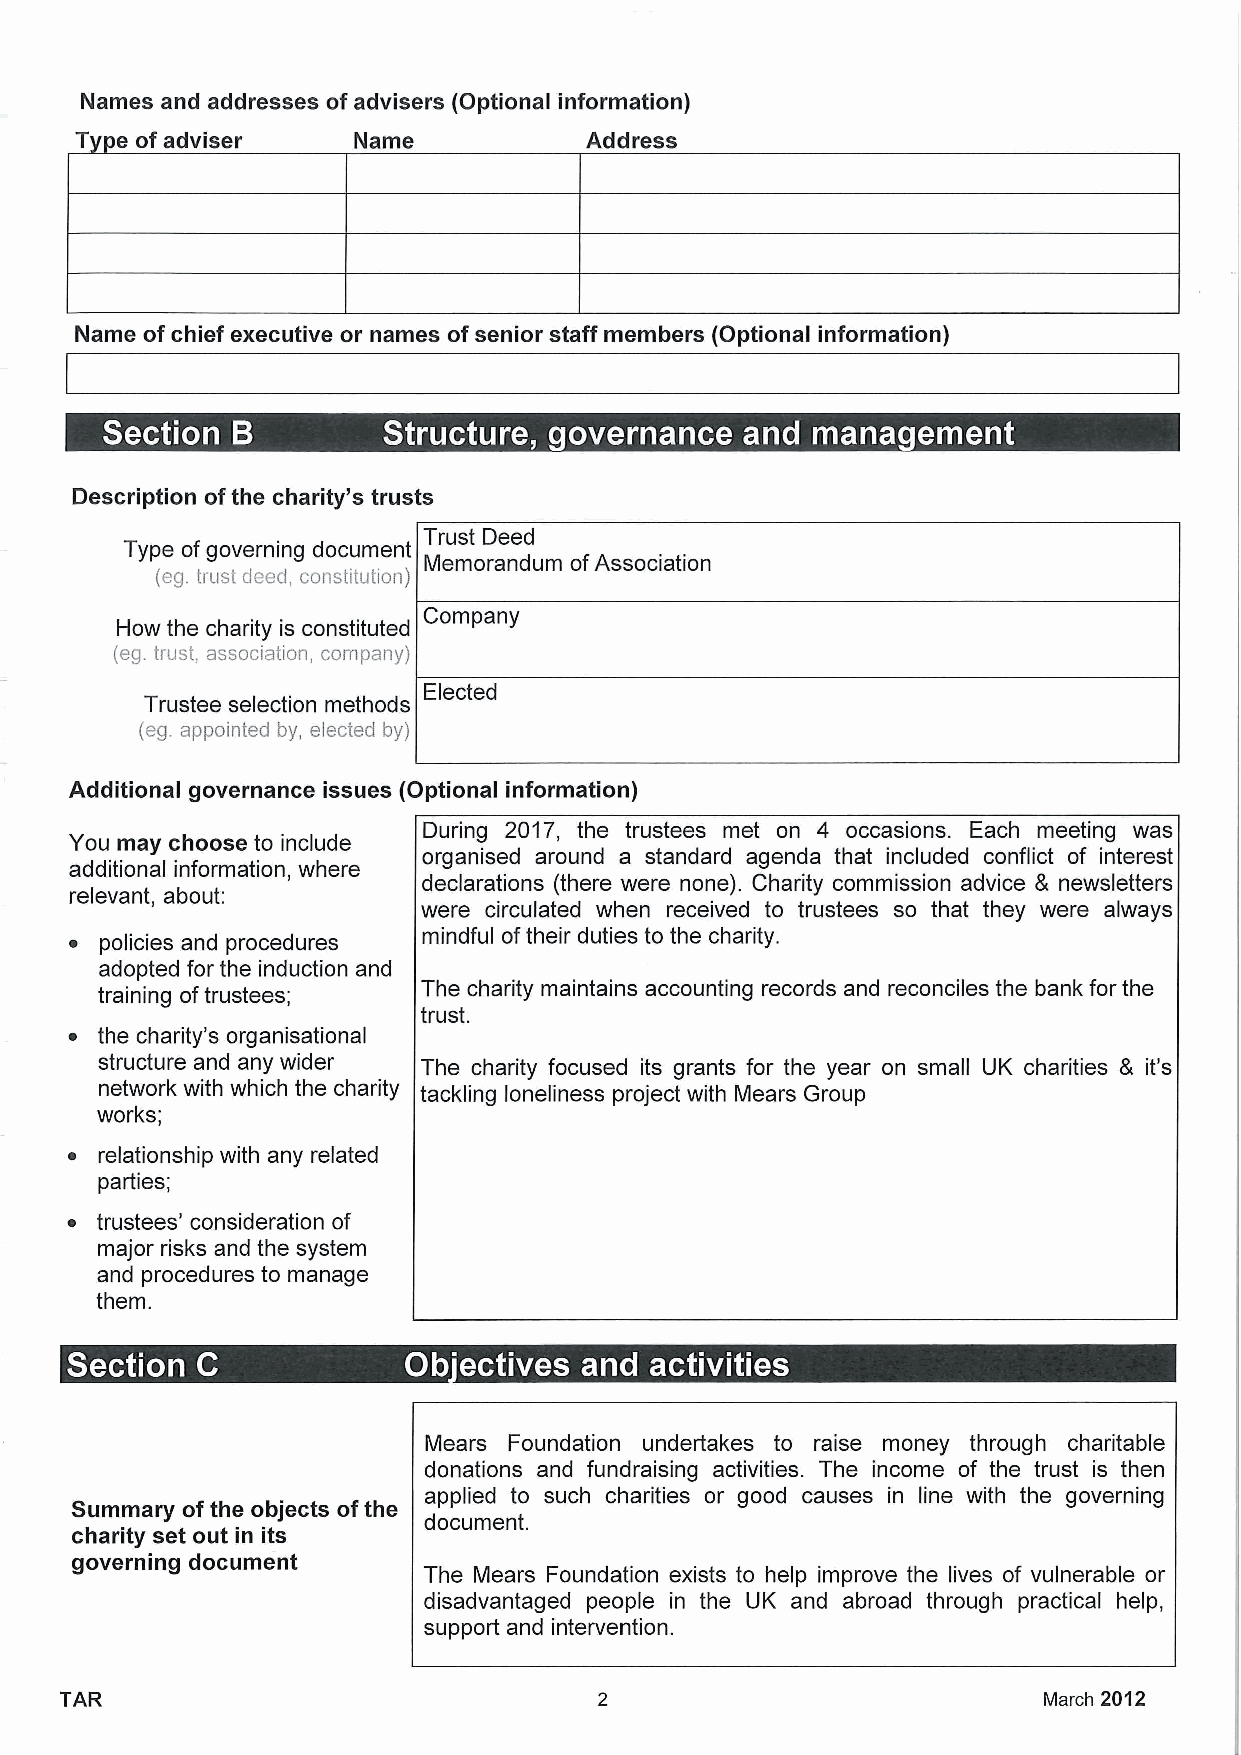
Names and addresses ofadvisers (Optional information)
 T  e of adviser   Name            Address
 Name ofchief executive or names ofsenior staff members (Optional information)
 ~   e                    ~ ~        a   ~
 Description ofthe charity's trusts
 Trust Deed
 Type ofgoverning document
 MMemorandum ofAssociation
 (eg. trust deed, constitution)
 Company
 How the charity is constituted
 (eg. trust, association, company)
 Elected
 Trustee selection methods
 (eg. appointed by, elected by)
 Additional governance issues (Optional information)
 During 2017, the trustees met on 4 occasions. Each meeting was
 You may choose to include
 organised around a standard agenda that included conflict of interest
 additional information, where
 declarations (there were none). Charity commission advice 8 newsletters
 relevant, about:
 were circulated when received to trustees so that they were always
 ~ policies and procedures mindful oftheir duties to the charity.
 adopted for the induction and
 training oftrustees;  The charity maintains accounting records and reconciles the bank for the
 trust.
 ~ the charity's organisational
 structure and any wider The charity focused its grants for the year on small UK charities 5 it's
 network with which the charity tackling loneliness project with Mears Group
 works;
 ~  relationship with any related
 parties;
 ~ trustees' consideration of
 major risks and the system
 and procedures to manage
 them.
 ~
 ~
 Mears Foundation undertakes to raise money through charitable
 donations and fundraising activities. The income of the trust is then
 applied to such charities or good causes in line with the governing
 Summary ofthe objects ofthe
 document.
 charity set out in its
 governing document
 The Mears Foundation exists to help improve the lives of vulnerable or
 disadvantaged people in the UK and abroad through practical help,
 support and intervention.
 TAR                                                              March 2012